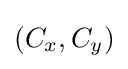
(C_{x},C_{y})